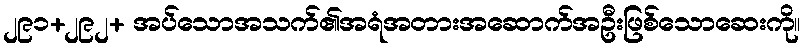
၂၉၁+၂၉၂+ အပ်သောအသက်၏အရံအတားအဆောက်အဦးဖြစ်သောဆေးကို။